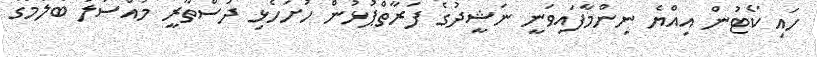
ހައި ކޯޓުން އިއްޔެ ނިންމާފައިވަނީ ނަޝީދުގެ ފަރާތްޕުުުޅުން ހުށަހެޅި ދުސްތޫރީ މައްސަލަ ބެލުމުގެ